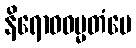
နိရောဓဓမ္မတံပေ